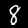
Label: 8